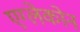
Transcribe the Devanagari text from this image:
एग्लेकोन